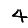
Digit: 4